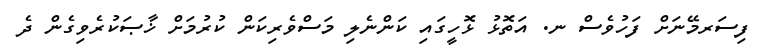
ފިސަރމޭނަށް ފަހުވެސް ނ. އަތޮޅު ޅޮހީގައި ކަންނެލި މަސްވެރިކަން ކުރުމަށް ޚާޞަކުރެވިގެން ދެ